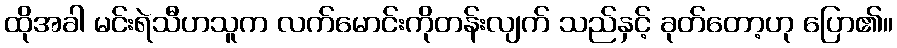
ထိုအခါ မင်းရဲသီဟသူက လက်မောင်းကိုတန်းလျက် သည်နှင့် ခုတ်တော့ဟု ပြော၏။